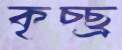
কৃচ্ছ্র